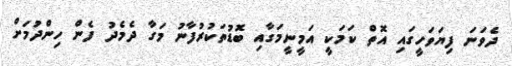
ދެވަނަ ފިޔަވަހީގައި އޮތް ކަމަކީ އަމީނީމަގާއި ބޮޑުތަކުރުފާނު މަގާ ދެމެދު ފެން ހިންދުމަށް